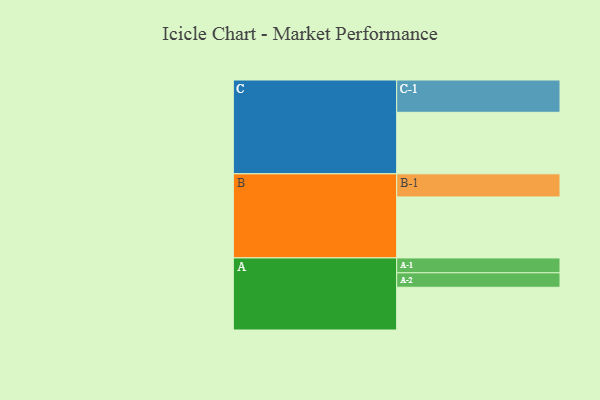
{"axis": {"x": "Segment", "y": "Value"}, "legend": ["", "A", "B", "C"], "data": [{"x": "A", "y": 377, "type": ""}, {"x": "B", "y": 538, "type": ""}, {"x": "C", "y": 543, "type": ""}, {"x": "A-1", "y": 131, "type": "A"}, {"x": "A-2", "y": 128, "type": "A"}, {"x": "B-1", "y": 204, "type": "B"}, {"x": "C-1", "y": 285, "type": "C"}]}